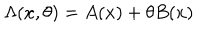
\Lambda ( x , \theta ) = A ( x ) + \theta B ( x )